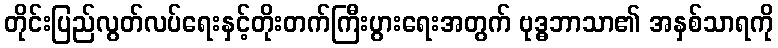
တိုင်းပြည်လွတ်လပ်ရေးနှင့်တိုးတက်ကြီးပွားရေးအတွက် ဗုဒ္ဓဘာသာ၏ အနှစ်သာရကို